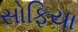
સોફિયા